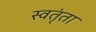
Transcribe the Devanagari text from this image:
स्वतृंता